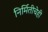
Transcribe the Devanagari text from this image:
निर्मितीचेही